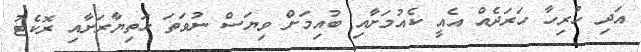
އަދި ހުރިހާ ހަރަދެއް އެއީ ކެއުމަށާއި ބުއިމަށް ވިޔަސް ނުވަތަ ހަތިޔާރަށާއި ރޮކެޓު